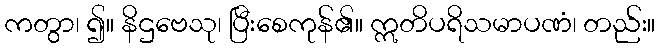
ကတွာ၊ ၍။ နိဌဗေသု၊ ပြီးစေကုန်၏။ ဣတိပရိသမာပဏံ၊ တည်း။